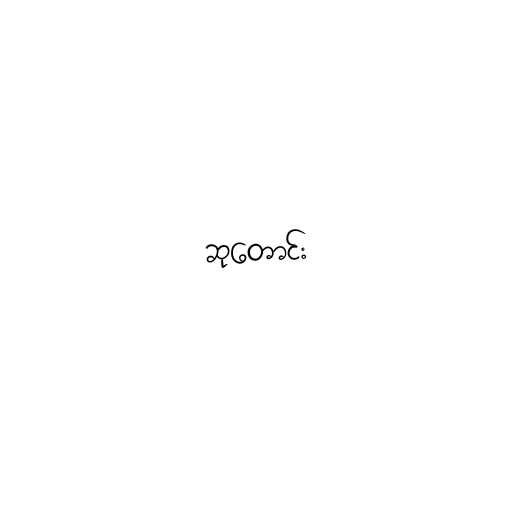
ဆုတောင်း